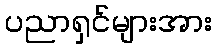
ပညာရှင်များအား